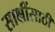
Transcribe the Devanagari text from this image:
साक्षींसाठी